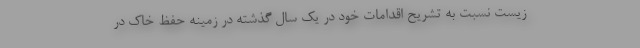
زیست نسبت به تشریح اقدامات خود در یک سال گذشته در زمینه حفظ خاک در